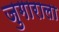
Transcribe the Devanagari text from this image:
जुगाराला